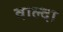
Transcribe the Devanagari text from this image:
वाल्दा